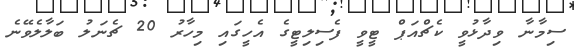
ސިމާނާ ވިދާޅުވީ ކެޗްއަޕް ޓީވީ ފެސިލިޓީގެ އެހީގައި މިހާރު 20 ޗެނަލު ބަލާލެވޭނެ